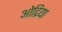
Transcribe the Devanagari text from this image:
ओद्रिया